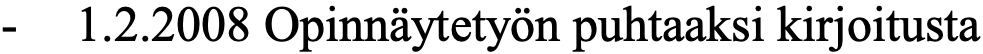
-  1.2.2008 Opinnäytetyön puhtaaksi kirjoitusta